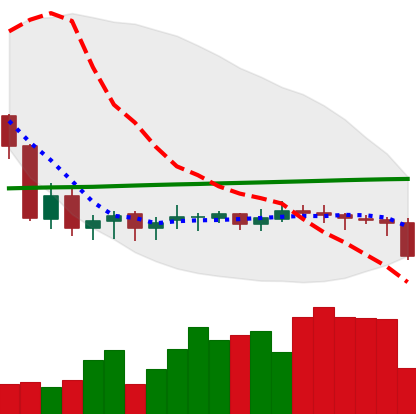
Ticker: DOGE-USD
Chart end date: 2020-09-21
Forward return: 3.27%
Label: up_3_5